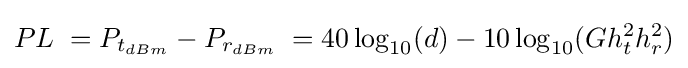
PL\;=P_{t_{dBm}}-P_{r_{dBm}}\;=40\log _{10}(d)-10\log _{10}(Gh_{t}^{2}h_{r}^{2})